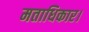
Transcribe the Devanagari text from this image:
मताधिकार।